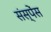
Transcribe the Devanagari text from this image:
संस्पेंस